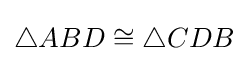
\triangle ABD\cong \triangle CDB